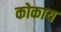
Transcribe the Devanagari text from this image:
कोकाय